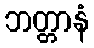
ဘတ္တာနံ